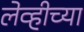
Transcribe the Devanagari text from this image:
लेव्हीच्या